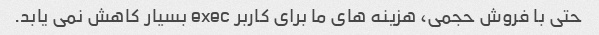
حتی با فروش حجمی، هزینه های ما برای کاربر exec بسیار کاهش نمی یابد.